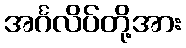
အင်္ဂလိပ်တို့အား